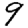
Digit: 9